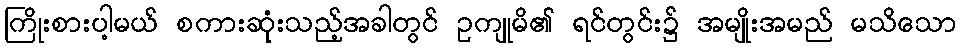
ကြိုးစားပါ့မယ် စကားဆုံးသည့်အခါတွင် ဥကျုမိ၏ ရင်တွင်း၌ အမျိုးအမည် မသိသော